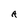
Character: A